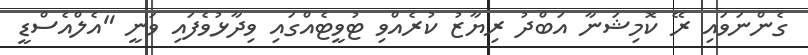
ގެންނަވައި ރޭ ކޮމިޝަނާ އަބްދު ރިޔާޒު ކުރެއްވި ޓުވީޓެއްގައި ވިދާޅުވެފައި ވަނީ "އެލްއެސްޑީ